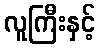
လူကြီးနှင့်